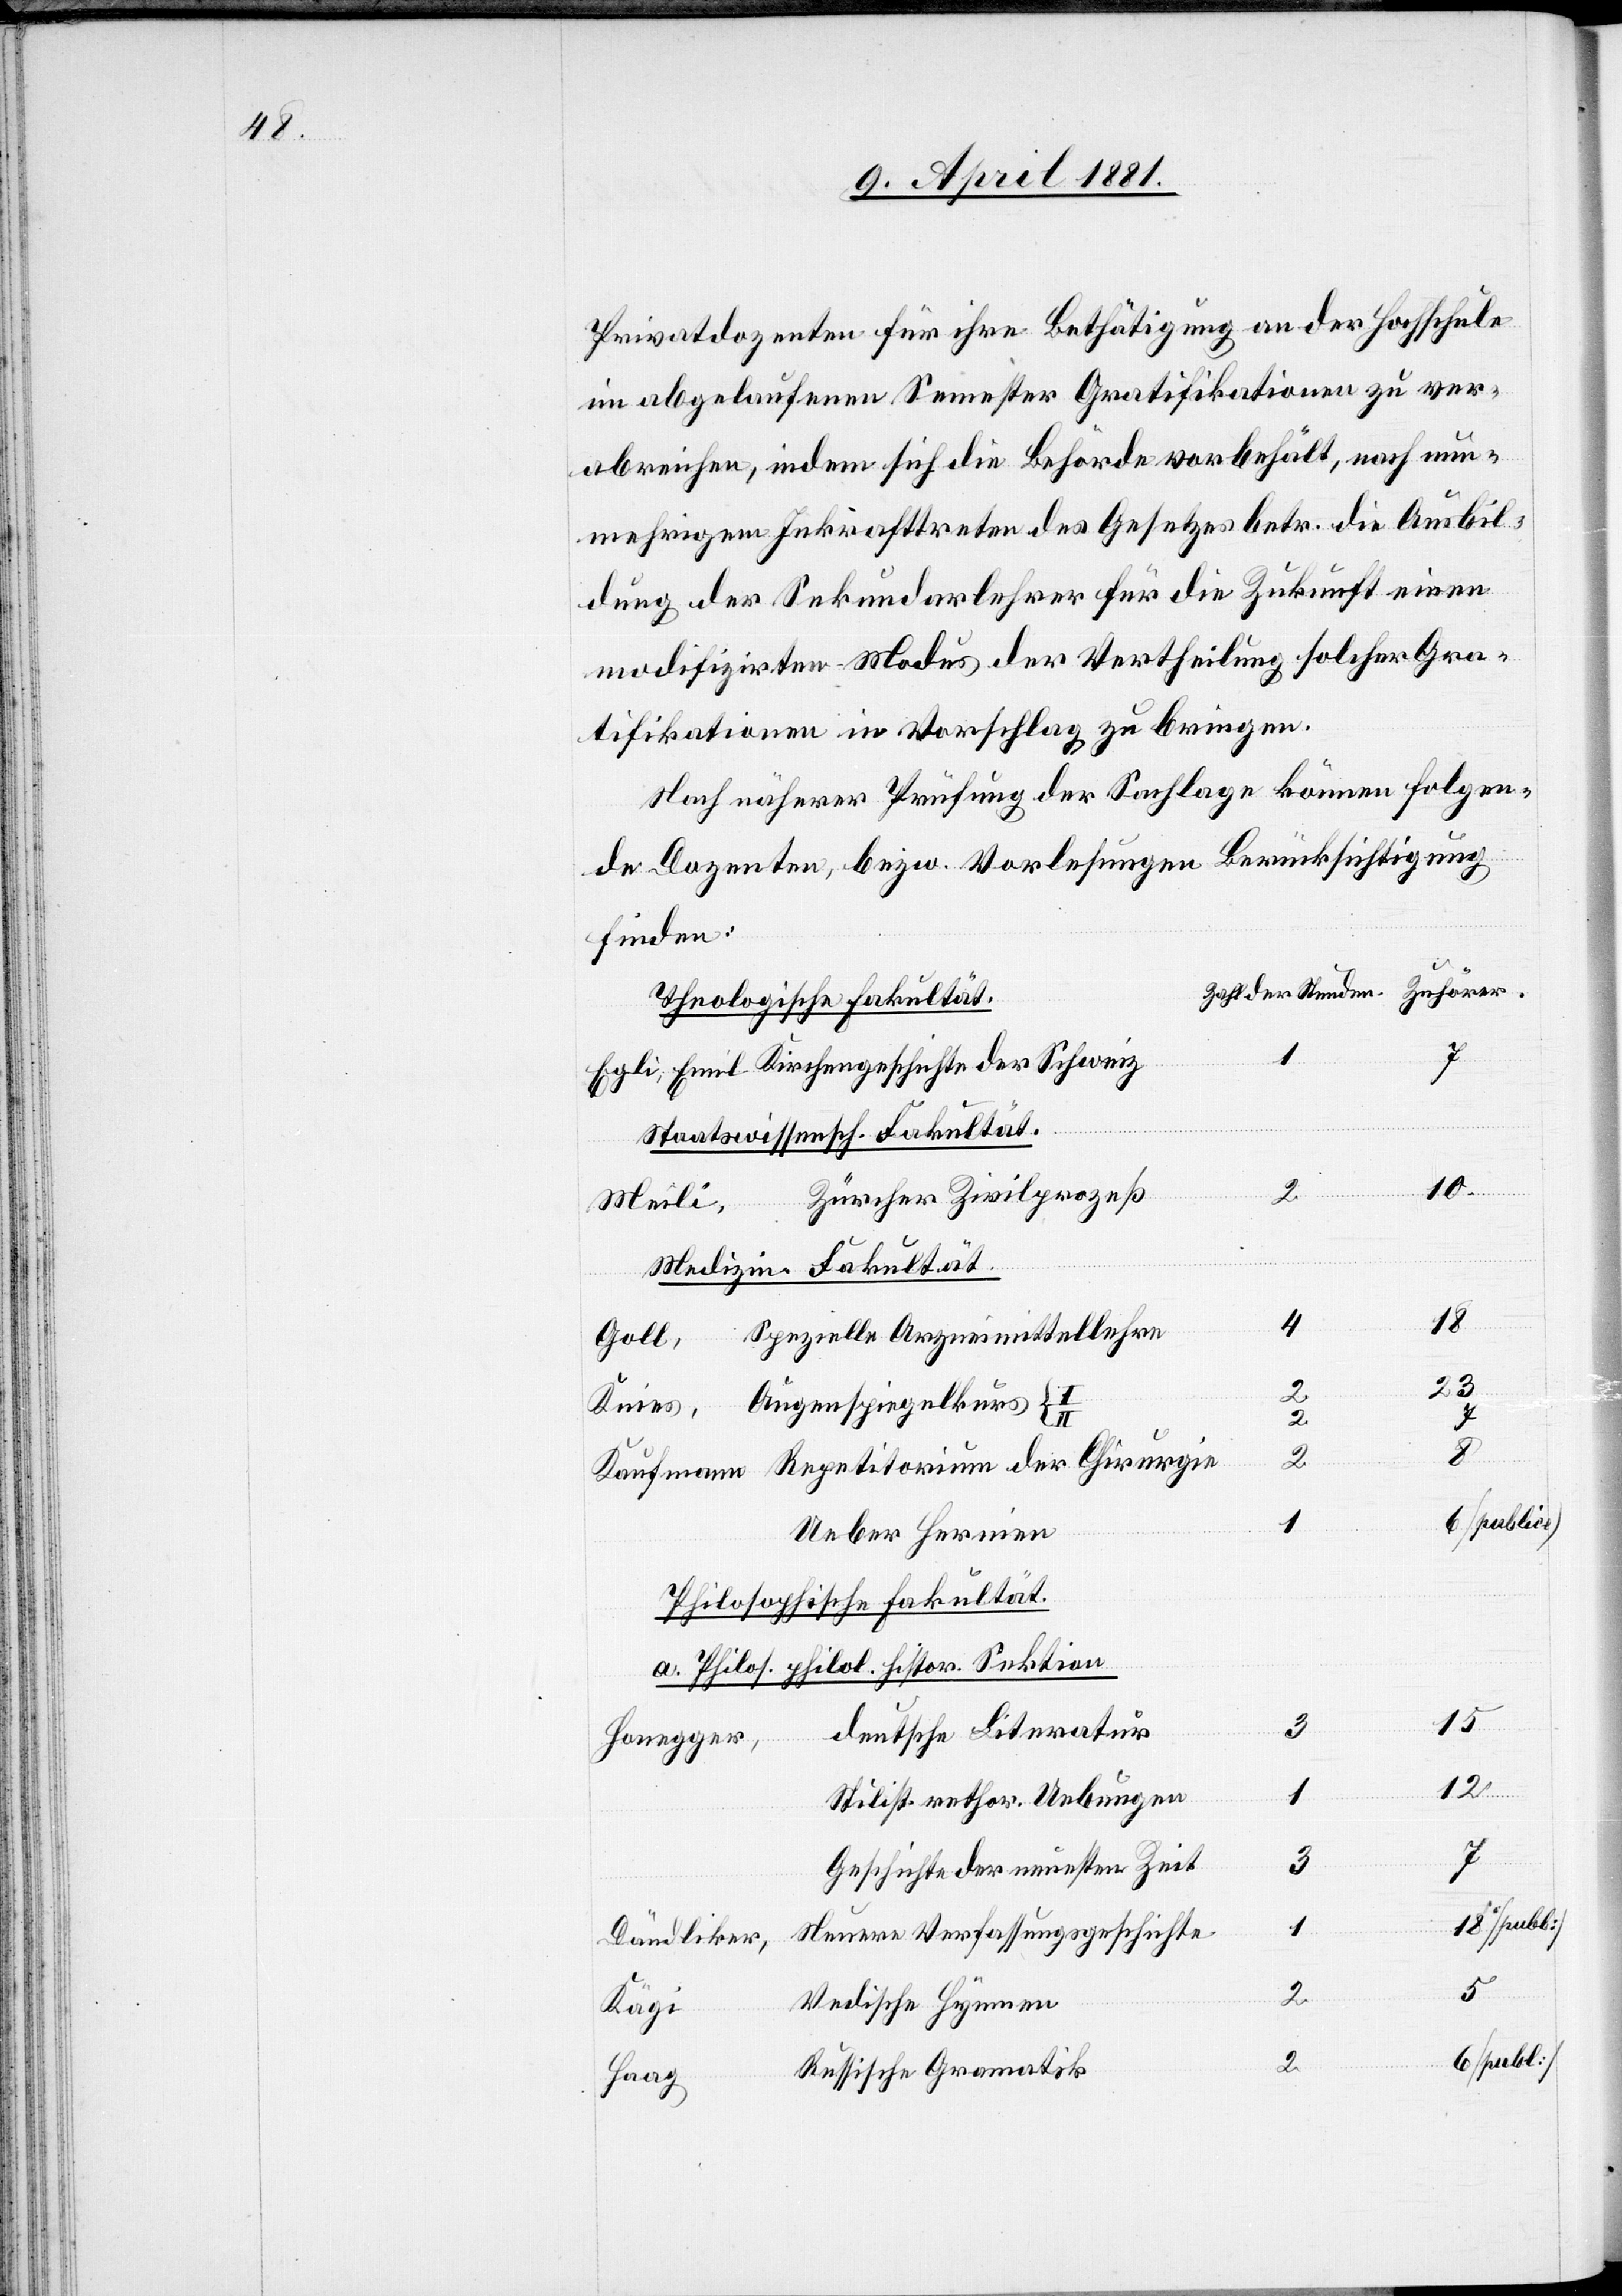
Privatdozenten für ihre Bethätigung an der Hochschule
im abgelaufenen Semester Gratifikationen zu ver¬
abreichen, indem sich die Behörde vorbehält, nach nun¬
mehrigem Inkrafttreten des Gesetzes betr. die Ausbil¬
dung der Sekundarlehrer für die Zukunft einen
modifizirten Modus der Vertheilung solcher Gra¬
tifikationen in Vorschlag zu bringen.
Nach näherer Prüfung der Sachlage können folgen¬
de Dozenten, bezw. Vorlesungen Berücksichtigung
finden:
Theologische Fakultät.
2
Staatswissensch. Fakultät.
Zürcher Zivilprozeß
Meili,
Knies,
Medizin. Fakultät.
18
Spezielle Arzneimittellehre
Goll,
der
2
Augenspiegelkurs I
Ueber Hernien
Philosophische Fakultät.
a. Philos. philol. histor. Sektion
15
3
deutsche Literatur
Honegger,
12
4
Stilist. rethor. Uebungen
Geschichte der neuesten Zeit
Neuere Verfassungsgeschichte
Dändliker,
Vedische Hymnen
Kägi
Russische Gramatik
Haag,